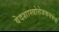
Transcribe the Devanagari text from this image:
वेदशास्त्रोत्तेजकसभेची